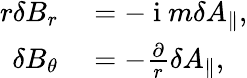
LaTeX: \begin{array}{rl}{r\delta B_{r}}&{{}=-\mathrm{~i~}m\delta A_{\parallel},}\\ {\delta B_{\theta}}&{{}=-\frac{\partial}{r}\delta A_{\parallel},}\end{array}